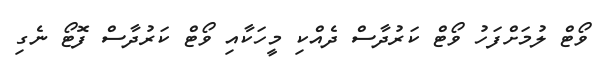
ވޯޓް ލުމަށްފަހު ވޯޓް ކަރުދާސް ދެއްކި މީހަކާއި ވޯޓް ކަރުދާސް ފޮޓޯ ނެގި